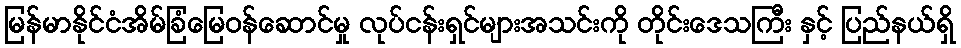
မြန်မာနိုင်ငံအိမ်ခြံမြေဝန်ဆောင်မှု လုပ်ငန်းရှင်များအသင်းကို တိုင်းဒေသကြီး နှင့် ပြည်နယ်ရှိ